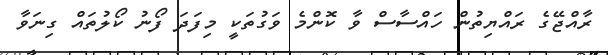
ރާއްޖޭގެ ރައްޔިތުން ހައްސާސް ވާ ކޮންމެ ވަގުތަކީ މިފަދަ ފޯނު ކޯލުތައް ގިނަވާ